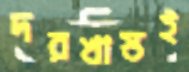
দরখাস্তই